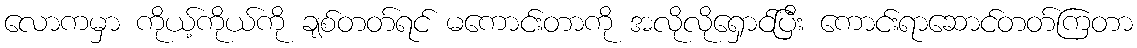
လောကမှာ ကိုယ့်ကိုယ်ကို ချစ်တတ်ရင် မကောင်းတာကို အလိုလိုရှောင်ပြီး ကောင်းရာဆောင်တတ်ကြတာ